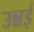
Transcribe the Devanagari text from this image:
उन्नई